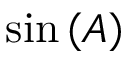
\sin \left( A \right)